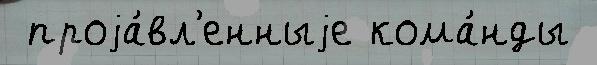
 проjа́вл'енныjе кома́нды